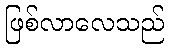
ဖြစ်လာလေသည်